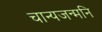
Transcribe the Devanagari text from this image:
चान्यजन्मनि